Dysentery and liver abscess in Bombay - Number 47
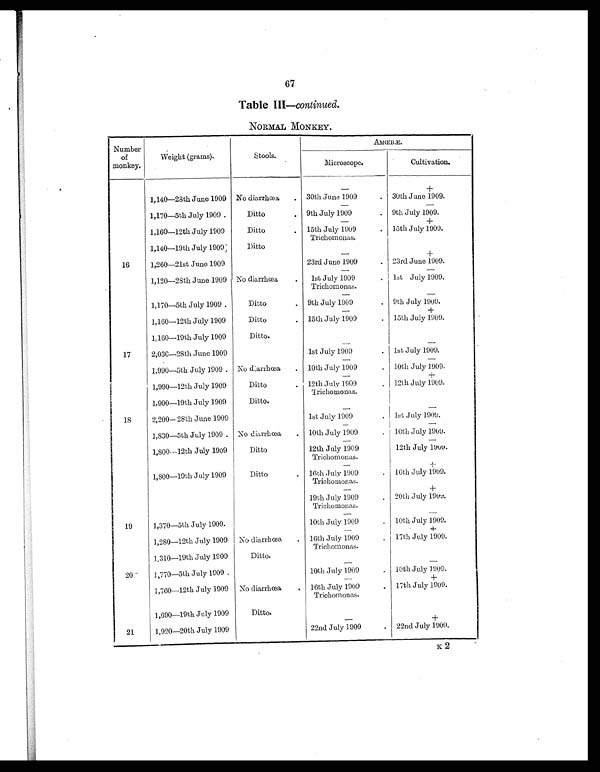
67
Table III—continued.
NORMAL MONKEY.
Number
of
monkey.
Weight (grams).
Stools.
AMŒBÆ.
Microscope.
Cultivation.
—
+
1,140—28th June 1909 No diarrhœa . 30th June 1909
. 30th June 1909.
—
—
1,170—5th July 1909. Ditto
. 9th July 1909
. 9th July 1909.
—
+
1,160—12th July 1909
Ditto
. 15th July 1909
Trichomonas.
. 15th July 1909.
1,140—19th July 1909
Ditto
—
+
16
1,260—21st June 1909
23rd June 1909
. 23rd June 1909.
1,120—28th June 1909 No diarrhœa
. 1st July 1909
Trichomonas.
. 1st July 1909.
— —
1,170—5th July 1909 .
Ditto
. 9th July 1909
. 9th July 1909.
—
+
1,160—12th July 1909
Ditto
. 15th July 1909
. 15th July 1909.
1,160—19th July 1909
Ditto.
— —
17
2,030—28th June 1909
1st July 1909
. 1st July 1909.
— —
1,990—5th July 1909 . No diarrhœa
. 10th July 1909
. 10th July 1909.
—
+
1,990—12th July 1909
Ditto
. 12th July 1900
Trichomonas.
. 12th July 1909.
1,990—19th July 1909
Ditto.
—
—
18
2,200— 28th June 1909
1st July 1909
. 1st July 1909.
—
—
1,830—5th July 1909 . No diarrhœa
. 10th July 1909
. 10th July 1909.
—
—
1,800—12th July 1909
Ditto
12th July 1909
Trichomonas.
12th July 1909.
—
+
1,800—19th July 1909
Ditto
. 16th July 1909
Trichomonas.
. 16th July 1909.
—
+
19th July 1909
Trichomonas.
. 20th July 1909.
—
—
19
1,370—5th July 1909.
10th July 1909
. 10th July 1909.
—
+
1,280—12th July 1909 No diarrhœa
. 16th July 1909
Trichomonas.
. 17th July 1909.
1,310—19th July 1909
Ditto.
—
—
20
1,770—5th July 1909 .
10th July 1909
. 10th July 1909.
—
+
1,760—12th July 1909 No diarrhœa
. 16th July 1909
Trichomonas.
. 17th July 1909.
1,690—19th July 1909
Ditto.
—
+
21
1,920—20th July 1909
22nd July 1909
. 22nd July 1909.
K 2